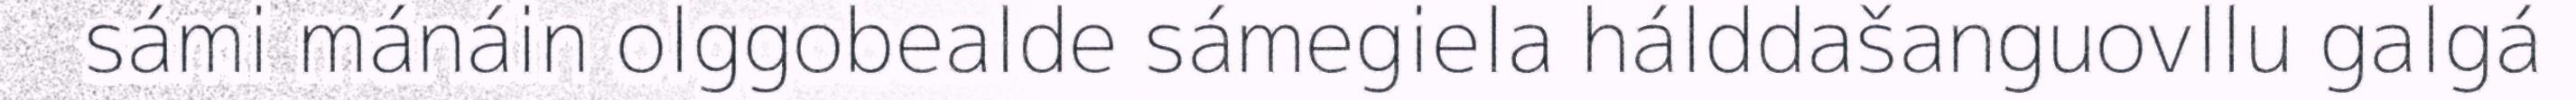
sámi mánáin olggobealde sámegiela hálddašanguovllu galgá